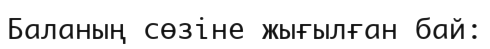
Баланың сөзіне жығылған бай: